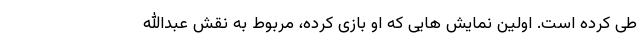
طی کرده است. اولین نمایش هایی که او بازی کرده، مربوط به نقش عبدالله